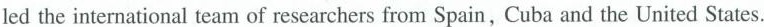
led the international team of researchers from Spain, Cuba and the United States.